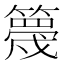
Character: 𥴸